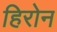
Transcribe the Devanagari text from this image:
हिरोन